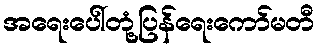
အရေးပေါ်တုံ့ပြန်ရေးကော်မတီ